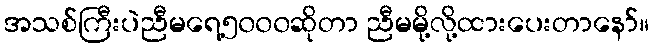
အသစ်ကြီးပဲညီမရေ့၅၀၀၀ဆိုတာ ညီမမို့လို့ထားပေးတာနော်။